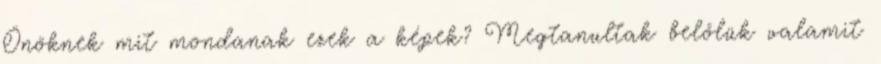
Önöknek mit mondanak ezek a képek? Megtanultak belőlük valamit